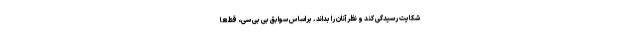
شکایت رسیدگی کند و نظر آنان را بداند. براساس سوابق بی بی سی، قطعا